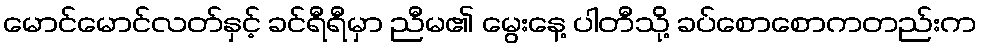
မောင်မောင်လတ်နှင့် ခင်ရီရီမှာ ညီမ၏ မွေးနေ့ ပါတီသို့ ခပ်စောစောကတည်းက